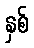
နှစ်